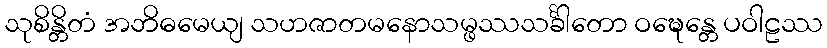
သုစိန္တိတံ အဘိဓမေယျ သဟဇာတမနောသမ္ဖဿသင်္ခါတော ဝဍ္ဎေန္တေ ပဝါဠဿ